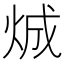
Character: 𪸤